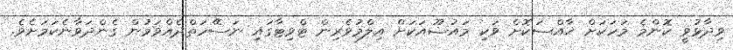
ވިދާޅުވީ ކޮންމެ މަހަކަށް ޚާއްސަކޮށް ވަކި މައުޟޫއަކަށް އިލްމުވެރިން ޓްވިޓާގައި ނަސޭހަތްދެއްވަމުން ގެންދަވާނެކަމަށެވެ.